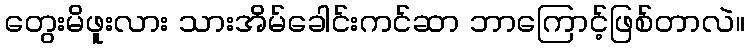
တွေးမိဖူးလား သားအိမ်ခေါင်းကင်ဆာ ဘာကြောင့်ဖြစ်တာလဲ။